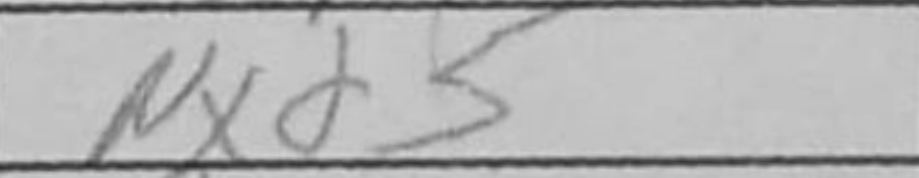
Transcription: Nxd5